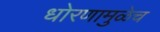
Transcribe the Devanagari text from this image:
धोरणामुळेच